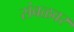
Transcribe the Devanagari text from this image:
संबळवर